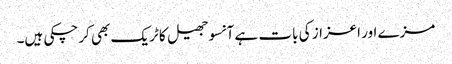
مزے اور اعزاز کی بات ہے آنسوجھیل کا ٹریک بھی کرچکی ہیں۔